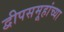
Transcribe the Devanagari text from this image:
द्वीपसमूहांच्या